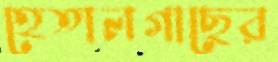
হেতালগাছের